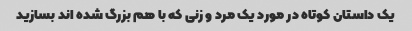
یک داستان کوتاه در مورد یک مرد و زنی که با هم بزرگ شده اند بسازید